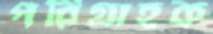
পরিগ্রাহক